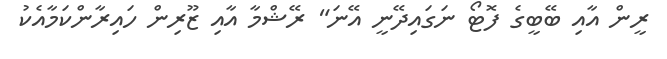
ރީން އާއި ބޭބީގެ ފޮޓޯ ނަގައިދޭނީ އޭނަ" ރޭޝްމާ އާއި ޒޫރިން ހައިރާންކަމާއެކު